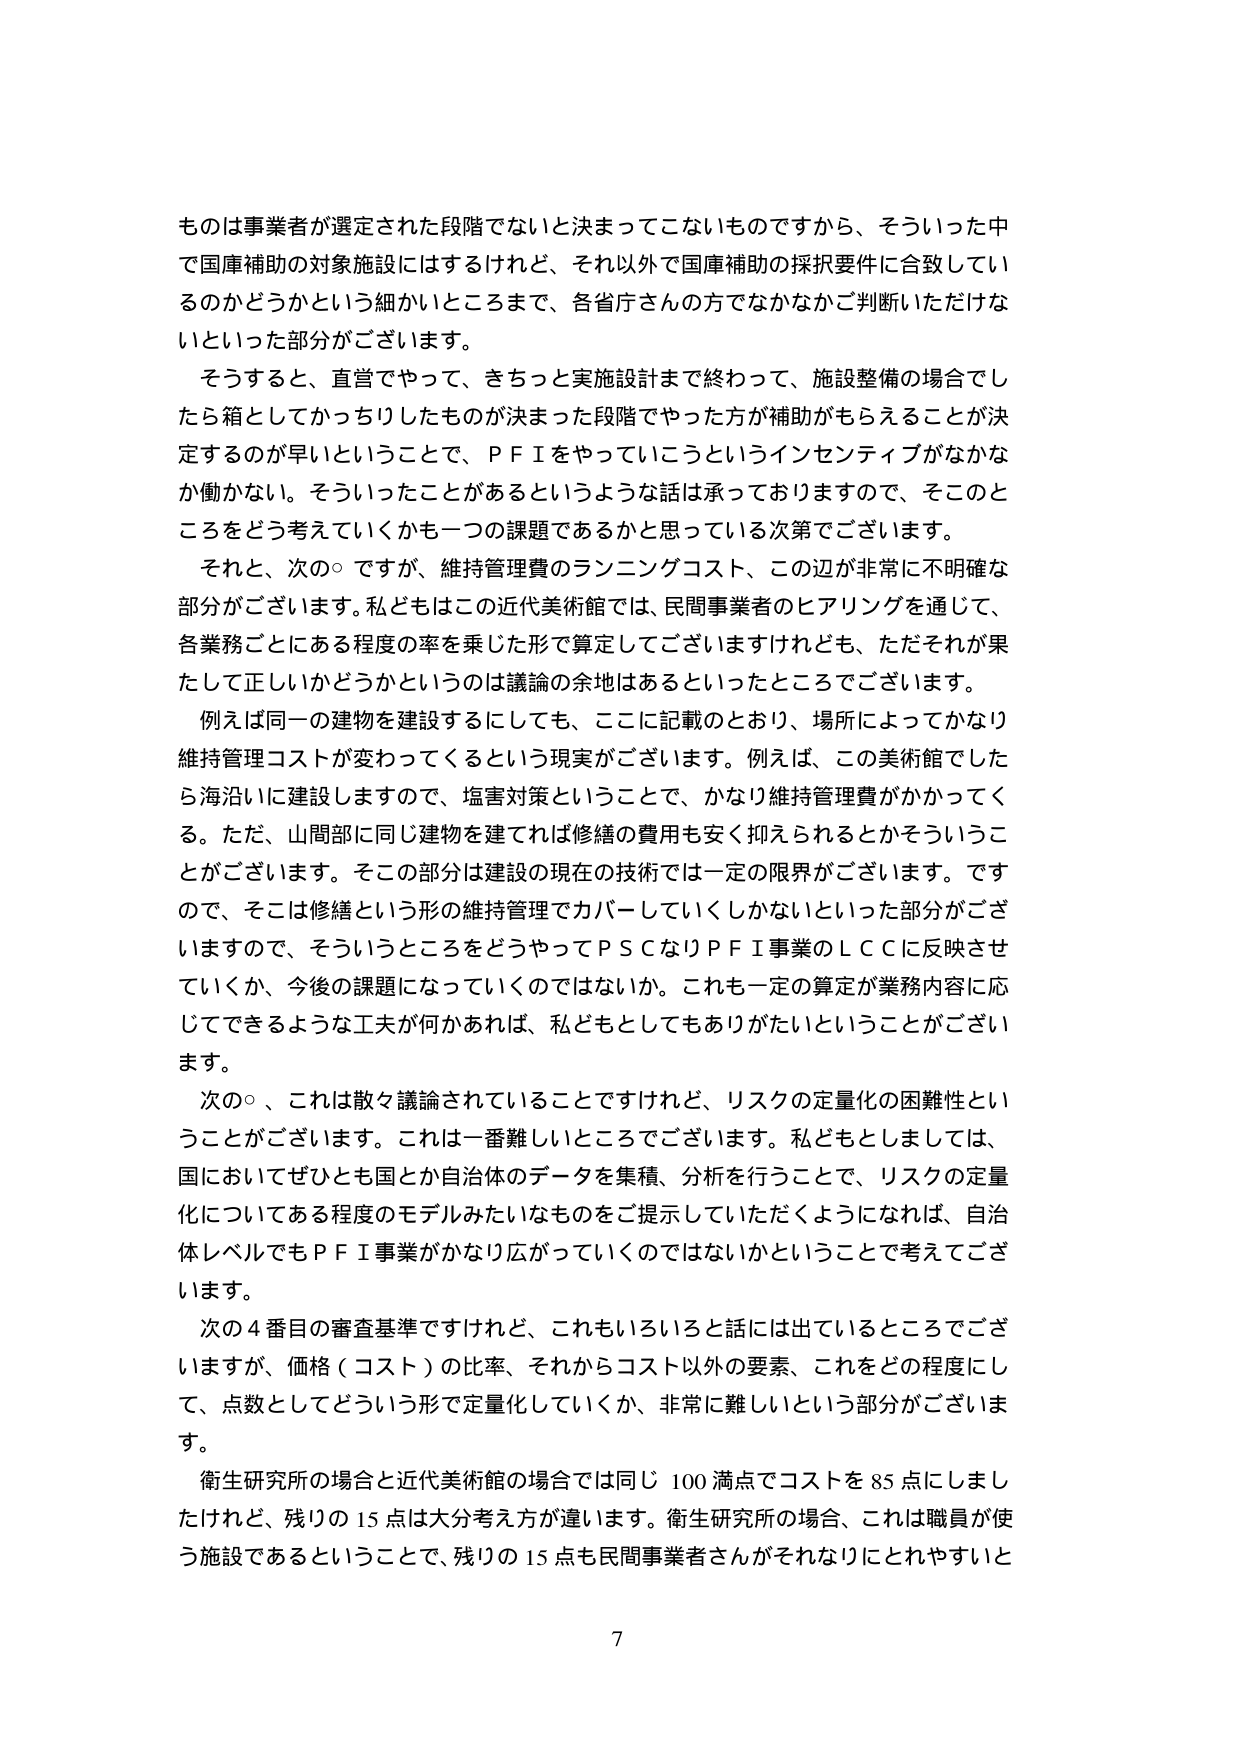
ものは事業者が選定された段階でないと決まってこないものですから、そういった中で国庫補助の対象施設にはするけれど、それ以外で国庫補助の採択要件に合致しているのかどうかという細かいところまで、各省庁さんの方でなかなかご判断いただけないといった部分がございます。

そうすると、直営でやって、きちっと実施設計まで終わって、施設整備の場合でしたら箱としてかっちりしたものが決まった段階でやった方が補助がもらえることが決定するのが早いということで、ＰＦＩをやっていこうというインセンティブがなかなか働かない。そういったことがあるというような話は承っておりますので、そこのところをどう考えていくかも一つの課題であるかと思っている次第でございます。

それと、次の○ですが、維持管理費のランニングコスト、この辺が非常に不明確な部分がございます。私どもはこの近代美術館では、民間事業者のヒアリングを通じて、各業務ごとにある程度の率を乗じた形で算定してございますけれども、ただそれが果たして正しいかどうかというのは議論の余地はあるといったところでございます。

例えば同一の建物を建設するにしても、ここに記載のとおり、場所によってかなり維持管理コストが変わってくるという現実がございます。例えば、この美術館でしたら海沿いに建設しますので、塩害対策ということで、かなり維持管理費がかかってくる。ただ、山間部に同じ建物を建てれば修繕の費用も安く抑えられるとかそういうことがございます。そこの部分は建設の現在の技術では一定の限界がございます。ですので、そこは修繕という形の維持管理でカバーしていくしかないといった部分がございますので、そういうところをどうやってＰＳＣなりＰＦＩ事業のＬＣＣに反映させていくか、今後の課題になっていくのではないでしょうか。これも一定の算定が業務内容に応じてできるような工夫が何があれば、私どもとしてもありがたいということがございます。

次の○、これは散々議論されていることですが、リスクの定量化の困難性ということがございます。これは一番難しいところでございます。私どもとしましては、国においてぜひとも国とか自治体のデータを集積、分析を行うことで、リスクの定量化についてある程度のモデルみたいなものをご提示していただくようになれば、自治体レベルでもＰＦＩ事業がかなり広がっていくのではないかということで考えてございます。

次の４番目の審査基準ですけれど、これもいろいろと話には出ているところでございますが、価格（コスト）の比率、それからコスト以外の要素、これをどの程度にして、点数としてどういう形で定量化していくか、非常に難しいという部分がございます。

衛生研究所の場合と近代美術館の場合では同じ100満点でコストを85点にしましたけれど、残りの15点は大分考え方が違います。衛生研究所の場合、これは職員が使う施設であるということで、残りの15点も民間事業者さんがそれなりにとれやすいと

7